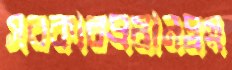
সরকারপ্রধানদ্বয়